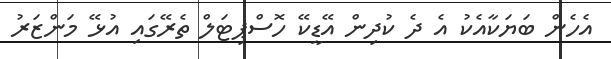
އެހެން ބަޔަކާއެކު އެ ދެ ކުދިން އޭޑީކޭ ހޮސްޕިޓަލް ތެރޭގައި އުޅޭ މަންޒަރު